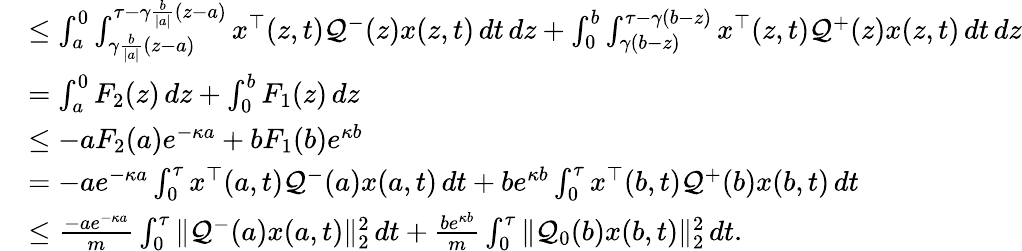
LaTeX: \begin{array}{rl}&{\leq\int_{a}^{0}\int_{\gamma\frac{b}{\vert a\vert}(z-a)}^{\tau-\gamma\frac{b}{\vert a\vert}(z-a)}x^{\top}(z,t)\mathcal{Q}^{-}(z)x(z,t)\, dt\, dz+\int_{0}^{b}\int_{\gamma(b-z)}^{\tau-\gamma(b-z)}x^{\top}(z,t)\mathcal{Q}^{+}(z)x(z,t)\, dt\, dz}\\ &{=\int_{a}^{0}F_{2}(z)\, dz+\int_{0}^{b}F_{1}(z)\, dz}\\ &{\leq-aF_{2}(a)e^{-\kappa a}+bF_{1}(b)e^{\kappa b}}\\ &{=-ae^{-\kappa a}\int_{0}^{\tau}x^{\top}(a,t)\mathcal{Q}^{-}(a)x(a,t)\, dt+be^{\kappa b}\int_{0}^{\tau}x^{\top}(b,t)\mathcal{Q}^{+}(b)x(b,t)\, dt}\\ &{\leq\frac{-ae^{-\kappa a}}{m}\int_{0}^{\tau}\| \mathcal{Q}^{-}(a)x(a,t)\| _{2}^{2}\, dt+\frac{be^{\kappa b}}{m}\int_{0}^{\tau}\| \mathcal{Q}_{0}(b)x(b,t)\| _{2}^{2}\, dt.}\end{array}